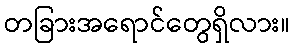
တခြားအရောင်တွေရှိလား။